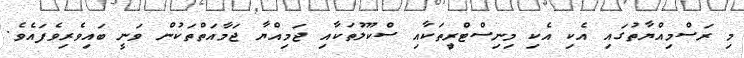
މި ރަސްމިއްޔާތުގައި އެކި އެކި މިނިސްޓްރިީތަކާއި ސްކޫލުތަކާއި ޖަމިއްޔާ ޖަމާއަތްތަކުން ވަނީ ބައިވެރިވެފައެވެ.